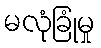
မလုံခြုံမှု